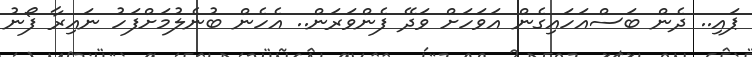
ޕައި.. ދެން ބަސްއަހައިގެން އަވަހަށް ވަދޭ ފެންވަރަން.. އެހެން ބުނެލުމަށްފަހު ނައިރާ ފޯނު